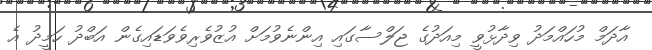
އާދަމް މުހައްމަދު ވިދާޅުވީ މިއަދުގެ ޖަލްސާގައި އިންނެވުމަށް އުޒުވެރިވެވަޑައިގެން އަބްދު ހަމީދު އެ